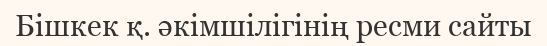
Бішкек қ. әкімшілігінің ресми сайты